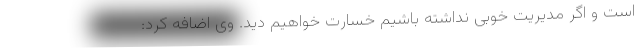
است و اگر مدیریت خوبی نداشته باشیم خسارت خواهیم دید. وی اضافه کرد: